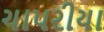
ચાપરીયા